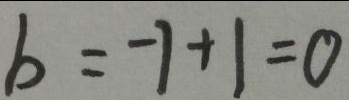
b = - 1 + 1 = 0